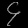
Digit: ၄